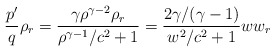
\begin{align*}\frac{{p}^{\prime}}{q}\rho_{r}=\frac{\gamma\rho^{\gamma-2}\rho_{r}}{\rho^{\gamma-1}/c^{2}+1}=\frac{2\gamma/(\gamma-1)}{w^{2}/c^{2}+1}ww_{r}\end{align*}